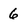
Character: 6